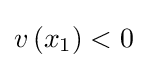
v\left(x_{1}\right)<0